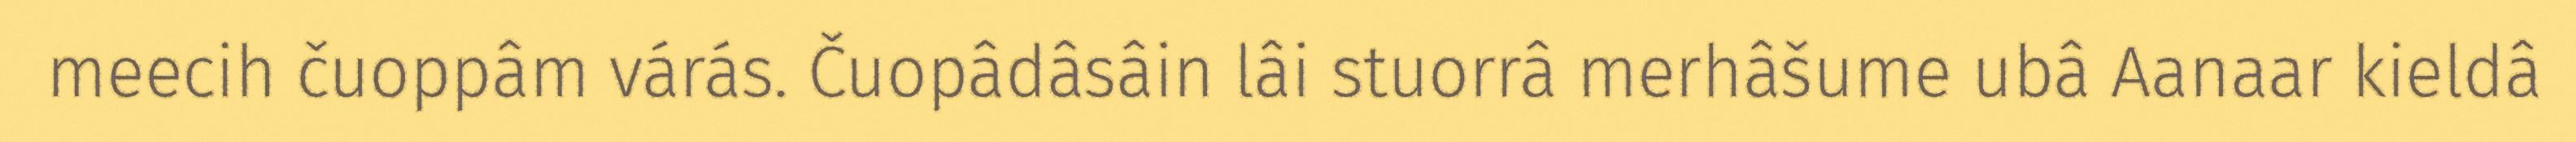
meecih čuoppâm várás. Čuopâdâsâin lâi stuorrâ merhâšume ubâ Aanaar kieldâ